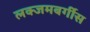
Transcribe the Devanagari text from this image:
लक्जमबर्गीस